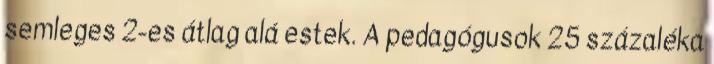
semleges 2-es átlag alá estek. A pedagógusok 25 százaléka